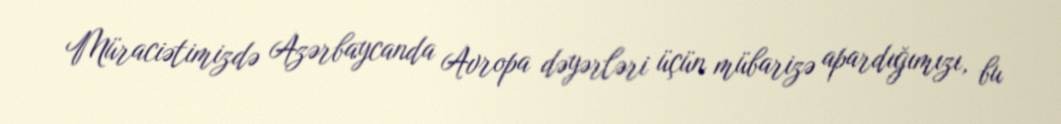
Müraciətimizdə Azərbaycanda Avropa dəyərləri üçün mübarizə apardığımızı, bu